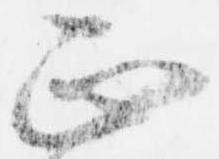
正